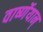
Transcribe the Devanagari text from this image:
वार्ष्णेयान्‌